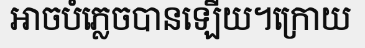
អាចបំភ្លេចបានឡើយ។ក្រោយ